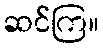
ဆင်ကြ။